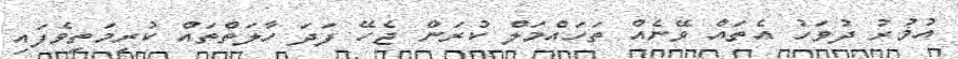
އުމުރު ދުވަހު އެތައް ވޭނެއް ތަހައްމަލް ކުރަން ޖެހޭ ފަދަ ހާލަތްތައް ކުރިމަތިވެފައި